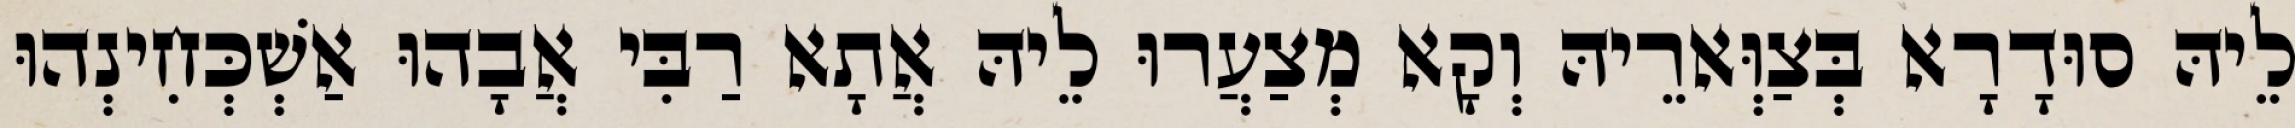
לֵיהּ סוּדָרָא בְּצַוְּארֵיהּ וְקָא מְצַעֲרוּ לֵיהּ אֲתָא רַבִּי אֲבָהוּ אַשְׁכְּחִינְהוּ